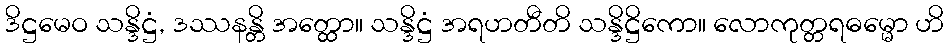
ဒိဋ္ဌမေဝ သန္ဒိဋ္ဌံ, ဒဿနန္တိ အတ္ထော။ သန္ဒိဋ္ဌံ အရဟတီတိ သန္ဒိဋ္ဌိကော။ လောကုတ္တရဓမ္မော ဟိ